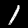
Label: 1